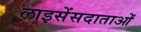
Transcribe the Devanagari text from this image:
लाइसेंसदाताओं